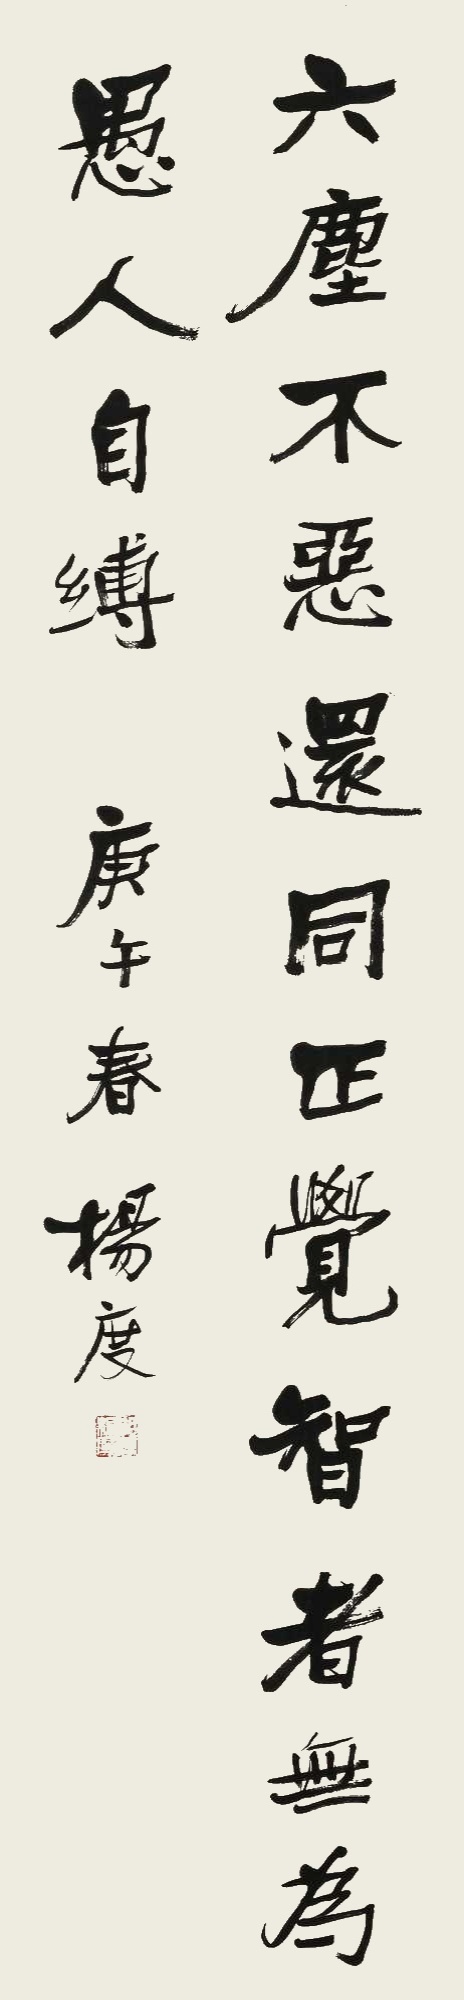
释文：六尘不恶，还同正觉。智者无为，愚人自缚。庚午春，杨度。